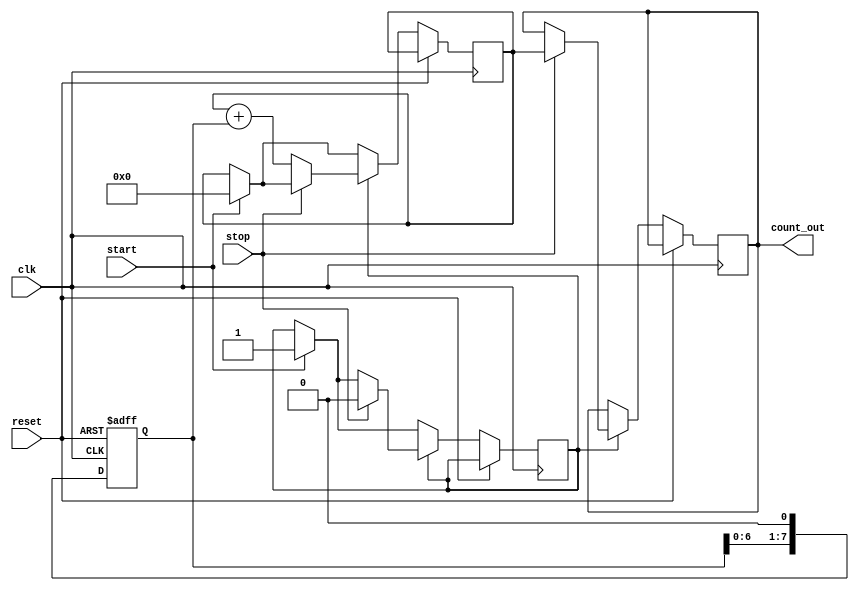
module TDC (
    input wire clk,                // System clock
    input wire reset,              // Asynchronous reset
    input wire start,              // Start signal
    input wire stop,               // Stop signal
    output reg [N-1:0] count_out   // Output count
);

parameter N = 8;                  // Number of delay stages
parameter DELAY_UNIT = 1;        // Delay unit (can be adjusted based on the technology)

// Delay line implementation
reg [N-1:0] delay_line;          // Delay line array
reg [N-1:0] start_latch;         // Latch for start signal
reg counting;                    // Counting flag
reg [N-1:0] counter;             // Counter for delay stages

// Generate delay line
always @(posedge clk or posedge reset) begin
    if (reset) begin
        delay_line <= 0;
    end else begin
        // Shift the delay line
        delay_line <= {delay_line[N-2:0], 1'b0}; // Shift left and add a new stage
        if (start) begin
            start_latch <= delay_line; // Latch the current state of the delay line
            counting <= 1'b1;           // Start counting
            counter <= 0;               // Reset counter
        end
        if (counting) begin
            if (stop) begin
                counting <= 1'b0;       // Stop counting
                count_out <= counter;   // Latch the count output
            end else begin
                // Increment counter based on the delay line state
                counter <= counter + delay_line; // Count the number of active delay stages
            end
        end
    end
end

endmodule